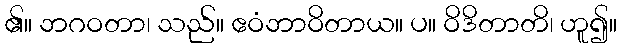
၏။ ဘဂဝတာ၊ သည်။ ဧဝံဘာဝိတာယ။ ပ။ ဝိဒိတာတိ၊ ဟူ၍။